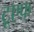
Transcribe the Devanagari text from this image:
टूएफ़